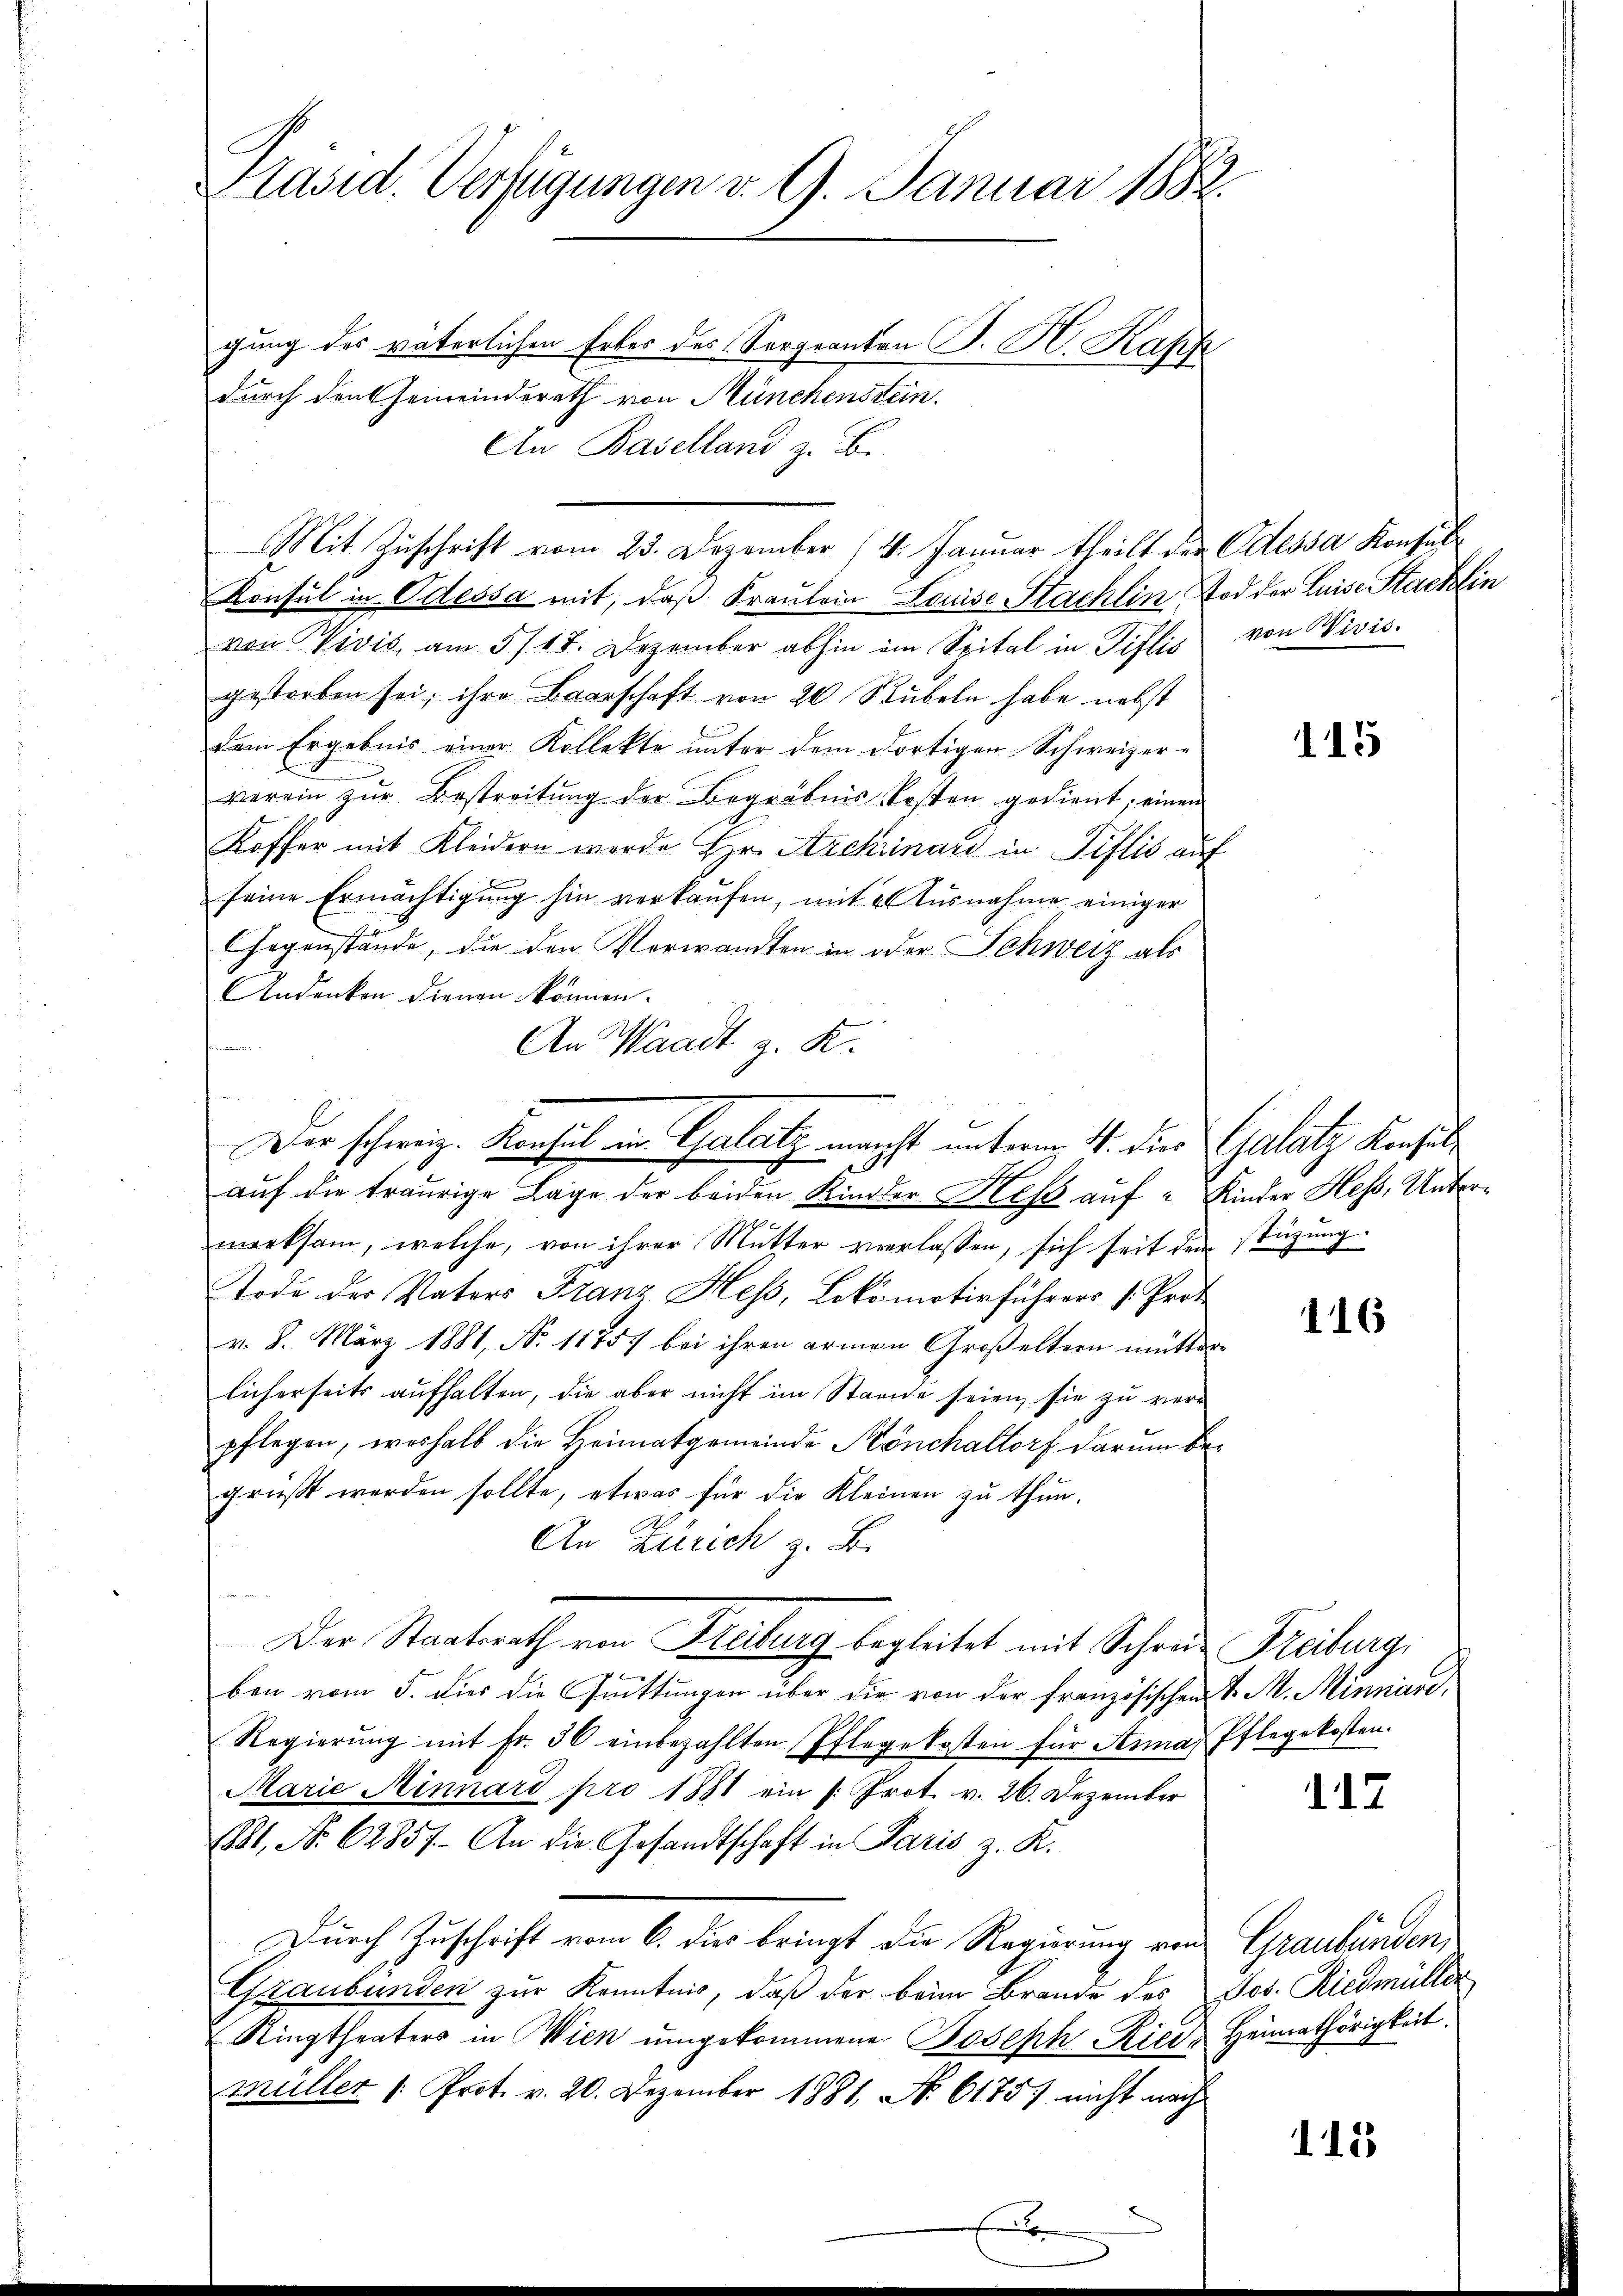
Pasid. Verfügungen d. 9. Januar 1882.
gung des väterlichen Erbes des Sergranten S. H. Kapf
durch den Gemeinderath von Münchenstein.
An Baselland z. B.

Konsul in Odessa mit, daß Fraulein Louise Stachlin, Tod der Luise Stacklin
von Divis, am 5/18. Dezember abhin im Spital in Pislis von Wivis.
gestorben sei; ihre Baarschaft von 20 Stübeln habe nebst
dem Ergebnis einer Kollekte unter dem dortigen Schweizer-
verein zŭr Bestreitŭng der Begräbnis kosten gedient; einem
Koffer mit Kleidern werde Hr. Archinau in Pislis auf
seine Ermächtigŭng hin verkaŭfen, mit Ausnahme einiger
Gegenstände, die den Verwandten in oder Schweiz als
Andenken dienen können.
An Waadt z. K.
auf die traurige Lage der beiden Kinder Hess auf Kinder Hess, Untermerksam, welche, von ihrer Mutter verlassen, sich seit dem stüzung
Tode der Vaters Franz Hess, Lokomotivführers [Prot
v. 8. März 1881, No 11857 bei ihren armen Großeltern mutterlicherseits aufhalten, die aber nicht im Stande seien, sie zu ver-
pflegen, weshalb die Heimatgemeinde Könchaltorf darum begrüßt werden sollte, etwas für die Kleinen zu thun.
An Zürich z. B.
Der Staatsrath von Freiburg begleitet mit Schrei Freiburg,
 x
ben vom 5. dies die Grüttungen über die von der französischen v. M. Minnare,
Regierŭng mit fr. 36 einbezahlten Pflegekosten für Anna Pflegekosten.
Marie Minnard pro 1881 ein s. Prot. v. 26. Dezember
11. No. 62857. An die Gesandtschaft in Paris z. K.
Durch Zuschrift vom 6. dis bringt die Regierung von Graubünden,
Graubünden zur Kenntnis, daß der beim Brande des Jos. Riedmüller
Ningtheaters in Wien ŭmgekommene Joseph Ried-Heimathörigkeit.
müller /: Prot. v. 20. Dezember 1881, N. 6175) nicht nach

Der schweiz. Konsul in Geleitz macht unterm 4. dies Galatz Konsul¬

Mit Zuschrift vom 23. Dezember 14. Januar theilt der Odessa Konsul

115

116

117

115